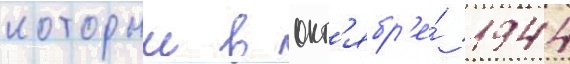
которыи в окт'ябр'е́ 1944